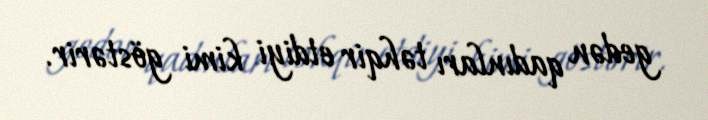
gedən qadınları təhqir etdiyi kimi göstərir.